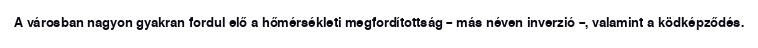
A városban nagyon gyakran fordul elő a hőmérsékleti megfordítottság – más néven inverzió –, valamint a ködképződés.